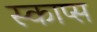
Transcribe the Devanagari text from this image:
स्काप्स